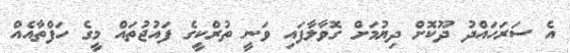
އެ ސަރަހައްދު ދޫކޮށް ދިޔުމަށް ގޮވާލާފައި ވަނީ ތުރްކީގެ ފައުޖުތައް މީގެ ހަފްތާއެއް